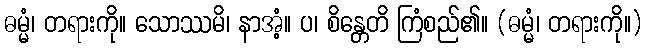
ဓမ္မံ၊ တရားကို။ သောဿမိ၊ နာအံ့။ ပ၊ စိန္တေတိ ကြံစည်၏။ (ဓမ္မံ၊ တရားကို။)